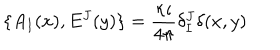
\{ A _ { I } ( x ) , E ^ { J } ( y ) \} = \frac { \kappa \iota } { 4 \pi } \delta _ { I } ^ { J } \delta ( x , y )